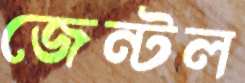
জেন্টল